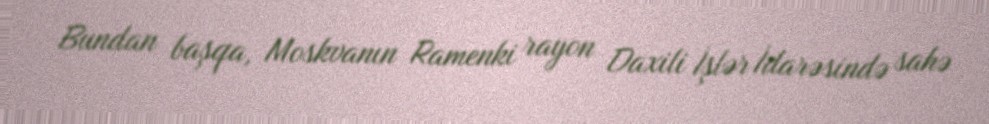
Bundan başqa, Moskvanın Ramenki rayon Daxili İşlər İdarəsində sahə